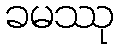
ခမဿု